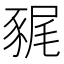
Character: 𧱎